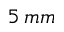
5 \: m m